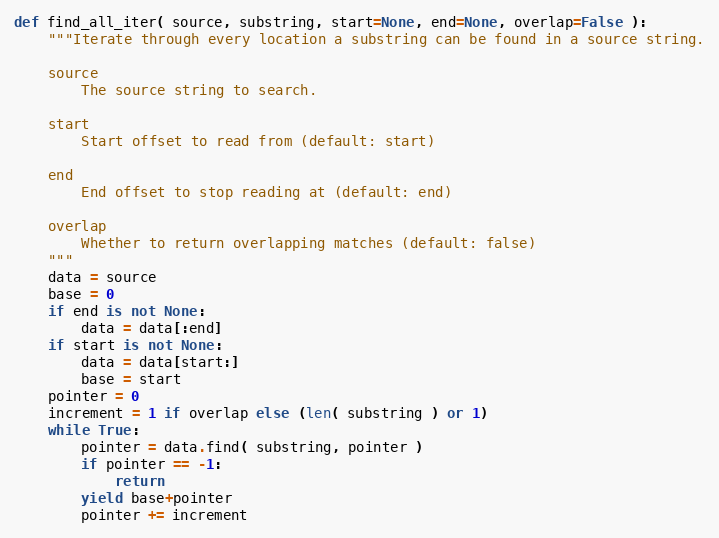
Language: Python
def find_all_iter( source, substring, start=None, end=None, overlap=False ):
    """Iterate through every location a substring can be found in a source string.

    source
        The source string to search.

    start
        Start offset to read from (default: start)

    end
        End offset to stop reading at (default: end)

    overlap
        Whether to return overlapping matches (default: false)
    """
    data = source
    base = 0
    if end is not None:
        data = data[:end]
    if start is not None:
        data = data[start:]
        base = start
    pointer = 0
    increment = 1 if overlap else (len( substring ) or 1)
    while True:
        pointer = data.find( substring, pointer )
        if pointer == -1:
            return
        yield base+pointer
        pointer += increment